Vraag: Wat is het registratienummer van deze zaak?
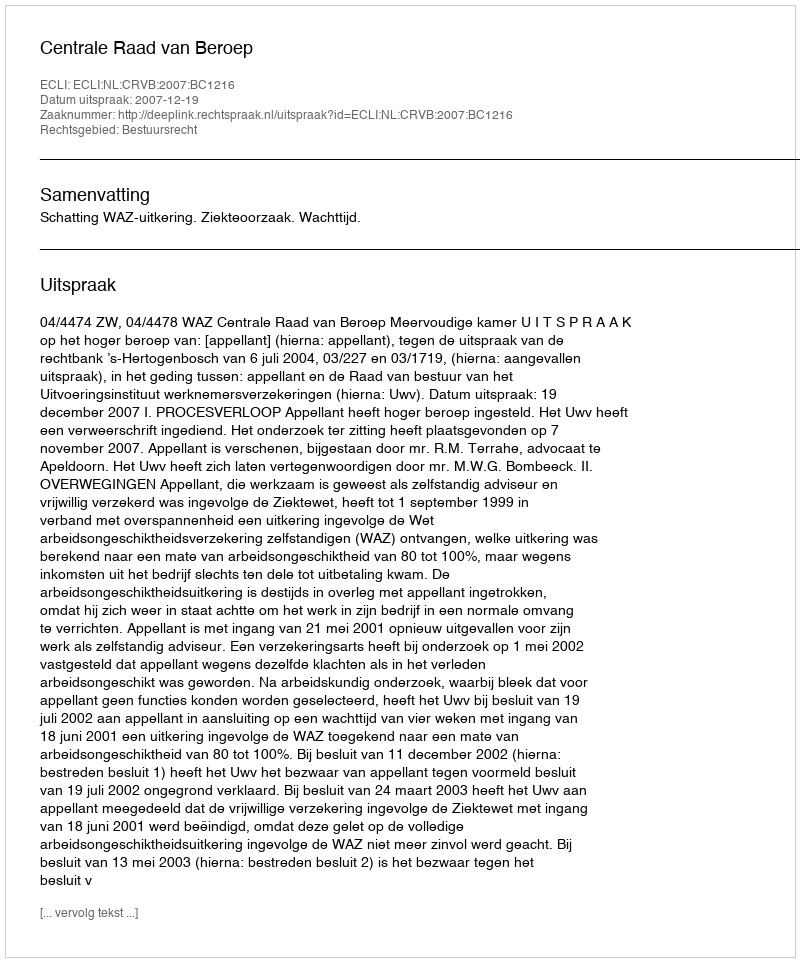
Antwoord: http://deeplink.rechtspraak.nl/uitspraak?id=ECLI:NL:CRVB:2007:BC1216